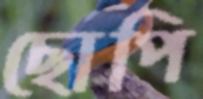
ছোপি